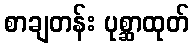
စာချတန်း ပုစ္ဆာထုတ်